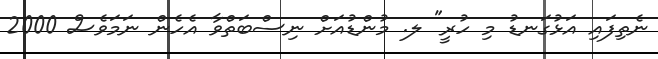
ނެތިފައި އަޅުގަނޑު މި ހުރީ" ލ. މުންޑުއަށް ނިސްބަތްވާ އެހެން ނަމަވެސް 2000